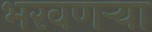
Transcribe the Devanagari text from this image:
भरवणऱ्या